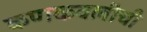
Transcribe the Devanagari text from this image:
कणकवलीची